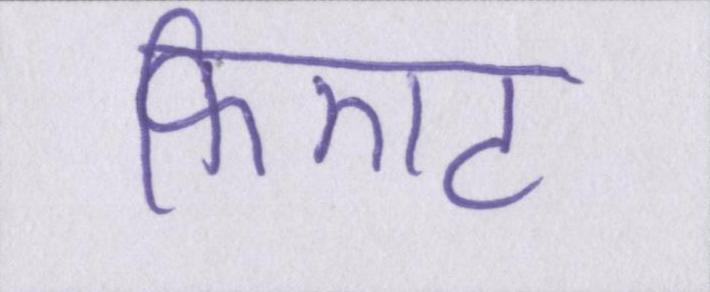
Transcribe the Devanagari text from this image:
फिएट